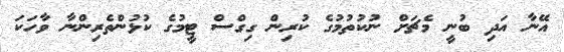
އޭނާ އަދި ބުނީ މެޗަށް ނުކުތުމުގެ ކުރިން ގިގްސް ޓީމުގެ ކުޅުންތެރިންނާ ވާހަކަ